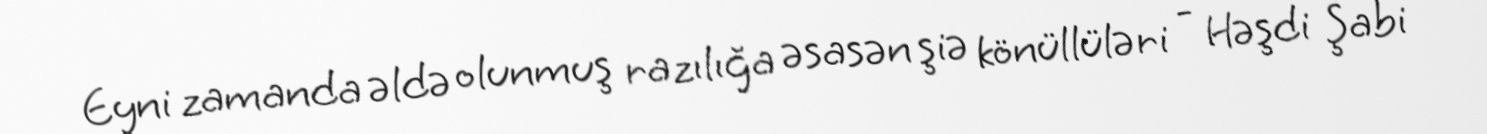
Eyni zamanda əldə olunmuş razılığa əsasən şiə könüllüləri - Həşdi Şabi